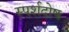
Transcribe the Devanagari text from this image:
स्पर्शदोष